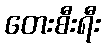
တေးစီးရီး